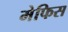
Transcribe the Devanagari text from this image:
मेफिस